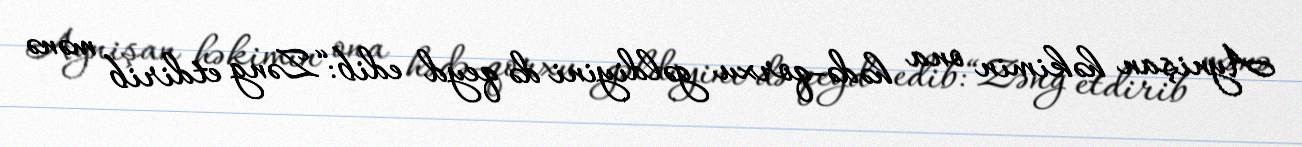
Aynişan həkimin ona hədə-qorxu gəldiyini də qeyd edib:“Zəng etdirib mənə